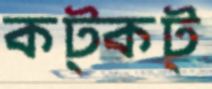
কট্‌কট্‌